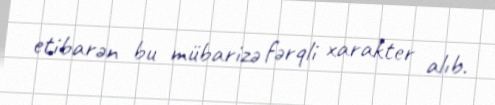
etibarən bu mübarizə fərqli xarakter alıb.